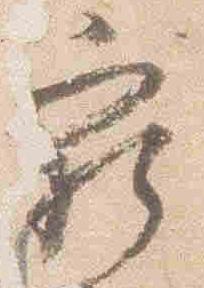
窮